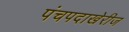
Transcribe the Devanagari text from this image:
पंचपदाखेरीज